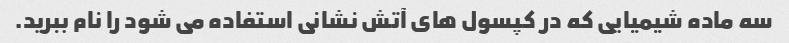
سه ماده شیمیایی که در کپسول های آتش نشانی استفاده می شود را نام ببرید.